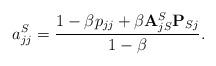
LaTeX: \begin{align*}a_{jj}^S = \frac{1 - \beta p_{jj} + \beta \mathbf{A}_{jS}^S \mathbf{P}_{Sj}}{1-\beta}.\end{align*}